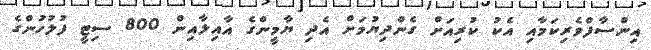
އިންސާފްވެރިކަމާއި އެކު ކުރިއަށް ގެންދިޔުމަށް އެދި ޔާމީންގެ އާއިލާއިން 800 ސިޓީ ފުލުހުންގެ